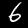
Digit: 6